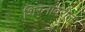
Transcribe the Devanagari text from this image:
शिस्नावरील